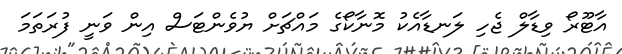
އާޓޫރޯ ވިޑާލް ޖެހި ލަނޑާއެކު މޮނާކޯގެ މައްޗަށް ޔުވެންޓަސް އިން ވަނީ ފުރަތަމަ